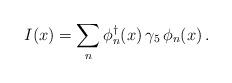
LaTeX: \begin{align*}I(x)=\sum_n\phi^\dagger_n(x)\,\gamma_5\,\phi_n(x)\,.\end{align*}